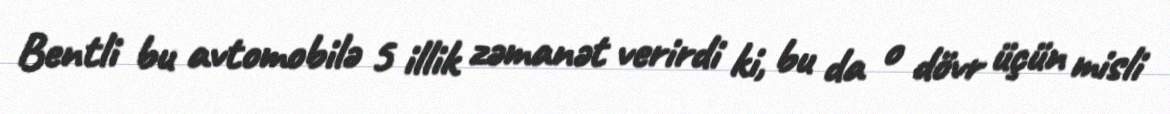
Bentli bu avtomobilə 5 illik zəmanət verirdi ki, bu da o dövr üçün misli